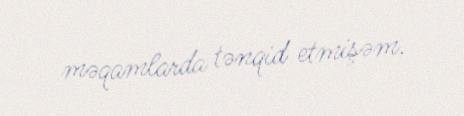
məqamlarda tənqid etmişəm.